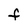
Character: F